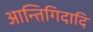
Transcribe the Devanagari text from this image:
आन्तिगिदादि